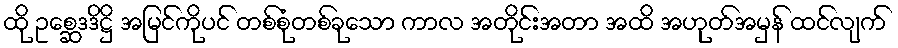
ထို ဥစ္ဆေဒဒိဋ္ဌိ အမြင်ကိုပင် တစ်စုံတစ်ခုသော ကာလ အတိုင်းအတာ အထိ အဟုတ်အမှန် ထင်လျက်